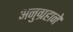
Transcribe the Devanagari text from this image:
अनुग्रहाने